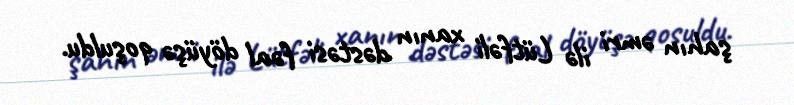
şahın əmri ilə Lütfəli xanın dəstəsi fəal döyüşə qoşuldu.